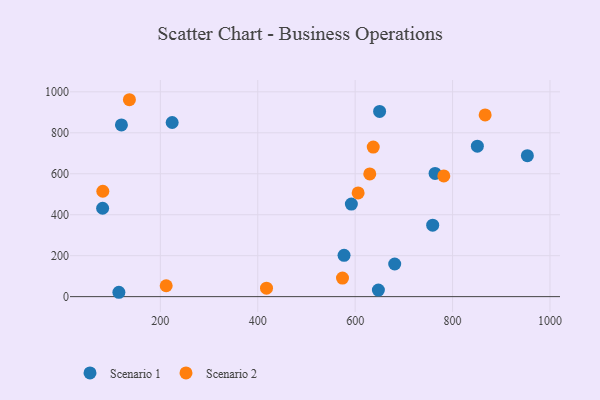
{"axis": {"x": "Price", "y": "Exam Score"}, "legend": ["Scenario 1", "Scenario 2"], "data": [{"x": "759.2", "y": 348.7, "type": "Scenario 1"}, {"x": "592.2", "y": 452.1, "type": "Scenario 1"}, {"x": "577.2", "y": 201.8, "type": "Scenario 1"}, {"x": "120.1", "y": 838.4, "type": "Scenario 1"}, {"x": "81.5", "y": 431.5, "type": "Scenario 1"}, {"x": "224.3", "y": 850.4, "type": "Scenario 1"}, {"x": "650.2", "y": 904.2, "type": "Scenario 1"}, {"x": "953.6", "y": 688.3, "type": "Scenario 1"}, {"x": "850.9", "y": 734.5, "type": "Scenario 1"}, {"x": "681.2", "y": 159.3, "type": "Scenario 1"}, {"x": "114.9", "y": 21.3, "type": "Scenario 1"}, {"x": "764.1", "y": 601.6, "type": "Scenario 1"}, {"x": "647.7", "y": 31.9, "type": "Scenario 1"}, {"x": "136.5", "y": 961.5, "type": "Scenario 2"}, {"x": "637.1", "y": 730.2, "type": "Scenario 2"}, {"x": "418.0", "y": 41.5, "type": "Scenario 2"}, {"x": "782.0", "y": 589.4, "type": "Scenario 2"}, {"x": "212.0", "y": 53.2, "type": "Scenario 2"}, {"x": "606.1", "y": 506.6, "type": "Scenario 2"}, {"x": "81.9", "y": 514.5, "type": "Scenario 2"}, {"x": "866.9", "y": 887.2, "type": "Scenario 2"}, {"x": "574.0", "y": 90.8, "type": "Scenario 2"}, {"x": "630.0", "y": 599.3, "type": "Scenario 2"}]}